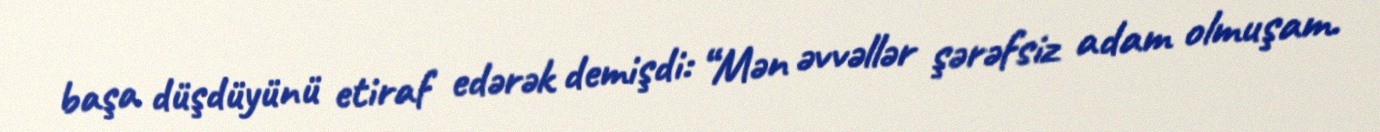
başa düşdüyünü etiraf edərək demişdi: “Mən əvvəllər şərəfsiz adam olmuşam.